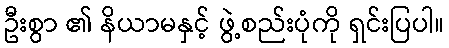
ဦးစွာ ၏ နိယာမနှင့် ဖွဲ့စည်းပုံကို ရှင်းပြပါ။